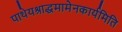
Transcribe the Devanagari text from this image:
पाथेयश्राद्धमामेनकार्यमिति